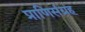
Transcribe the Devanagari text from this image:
प्राणिसंग्रह